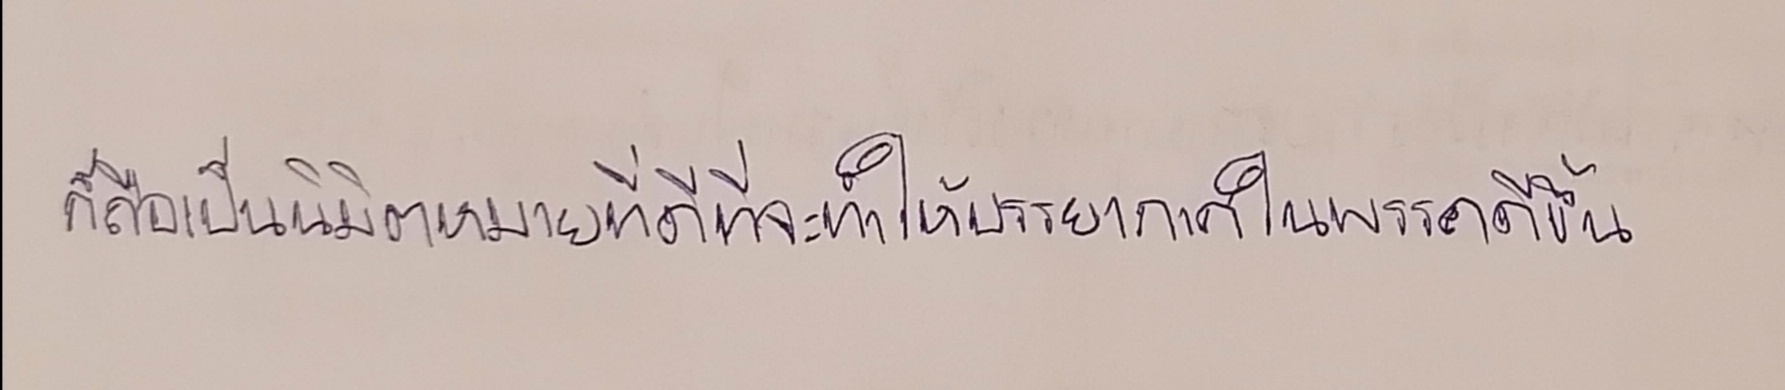
ก็ถือเป็นนิมิตหมายที่ดีที่จะทำให้บรรยากาศในพรรคดีขึ้น